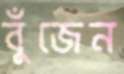
বুঁজেন